Lunatic asylums Central Provinces reports 1910-1926 - 1910-1926
Year: 1910
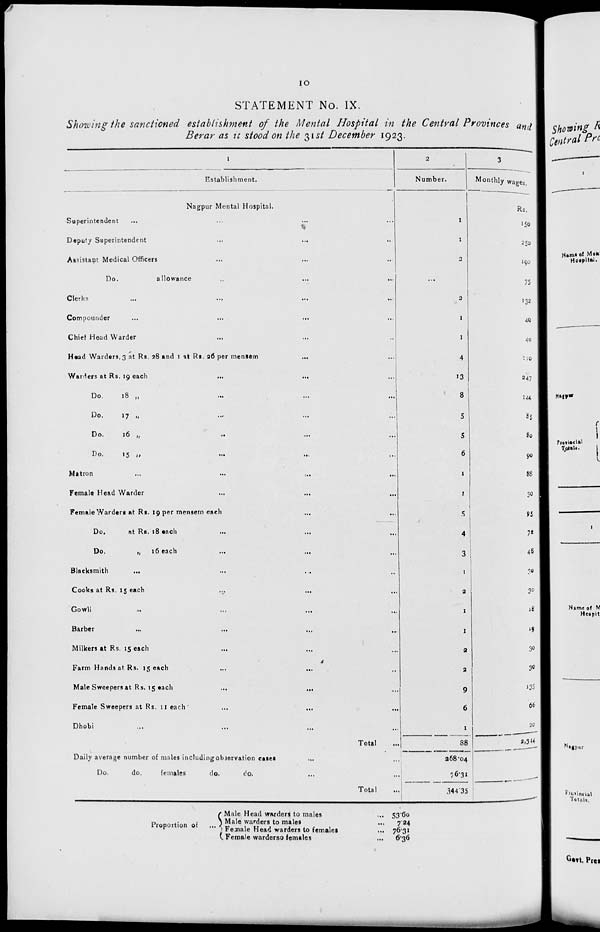
10
STATEMENT No. IX.
Showing the sanctioned establishment of the Mental Hospital in the Central Provinces and
Berar as it stood on the 31st December 1923.
1
Establishment.
Nagpur Mental Hospital.
Superintendent ... ... ... ...
Deputy Superintendent ... ... ...
Assistant Medical Officers ... ... ...
Do.
allowance ... ... ...
Clerks ... ... ... ...
Compounder ... ... ... ...
Chief Head Warder ... ... ... ...
Head Warders, 3 at Rs. 28 and 1 at Rs. 26 per mensem
...
...
Warders at Rs. 19 each ... ... ...
Do.
18 „
...
...
...
Do.
17 „ ... ... ...
Do.
16 „
...
...
...
Do.
15 „ ... ... ...
Matron ... ... ... ...
Female Head Warder ... ... ...
Female Warders at Rs. 19 per mensem each ...
Do.
at Rs. 18 each ... ... ...
Do.
„
16 each ... ... ...
Blacksmith ... ... ...
Cooks at Rs. 15 each ... ... ...
Gowli ... ... ... ...
Barber ... ... ...
Milkers at Rs. 15 each ... ... ...
Farm Hands at Rs. 15 each ... ... ...
Male Sweepers at Rs. 15 each ... ... ...
Female Sweepers at Rs. 11 each ... ... ...
Dhobi ... ... ... ...
Total ...
Daily average number of males including observation cases ... ...
Do.
do.
females
do.
do. ... ...
Total ...
2
Number.
1
1
2
...
2
1
1
4
13
8
5
5
6
1
1
5
4
3
1
2
1
1
2
2
9
6
1
88
268.04
76.31
344.35
3
Monthly wages.
Rs.
150
250
190
75
132
40
40
210
247
144
85
80
90
88
30
95
72
48
30
30
18
19
30
30
135
66
20
2,344
Proportion of
...
Male Head warders to males ...
Male warders to males
...
Female Head warders to females ...
Female warderso females ...
53.60
7.24
76.31
6.36